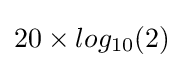
20\times log_{10}(2)